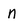
Character: n